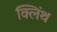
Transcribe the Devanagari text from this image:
क्लिंथ